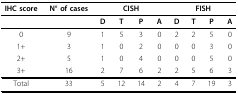
| IHC score | N° of cases | <COLSPAN=4> CISH | <COLSPAN=4> FISH |
 | --- | --- | --- | --- | --- | --- | --- | --- | --- | --- |
 |  |  | D | T | P | A | D | T | P | A |
 | 0 | 9 | 1 | 5 | 3 | 0 | 2 | 2 | 5 | 0 |
 | 1+ | 3 | 1 | 0 | 2 | 0 | 0 | 0 | 3 | 0 |
 | 2+ | 5 | 1 | 0 | 4 | 0 | 0 | 0 | 5 | 0 |
 | 3+ | 16 | 2 | 7 | 6 | 2 | 2 | 5 | 6 | 3 |
 | Total | 33 | 5 | 12 | 14 | 2 | 4 | 7 | 19 | 3 |